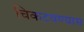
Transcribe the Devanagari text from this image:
चिकटवण्यास